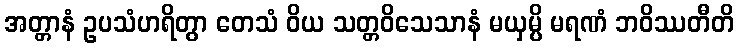
အတ္တာနံ ဥပသံဟရိတွာ တေသံ ဝိယ သတ္တဝိသေသာနံ မယှမ္ပိ မရဏံ ဘဝိဿတီတိ